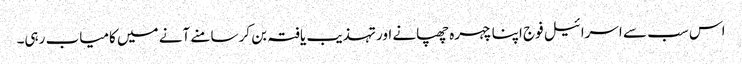
اس سب سے اسرائیل فوج اپنا چہرہ چھپانے اور تہذیب یافتہ بن کر سامنے آنے میں کامیاب رہی۔